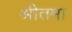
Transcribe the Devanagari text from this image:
श्रीतमा